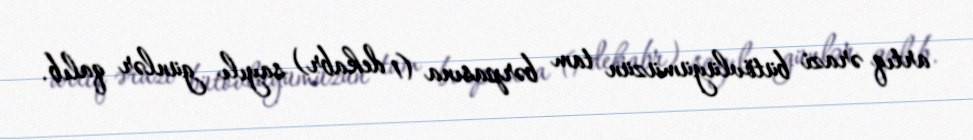
artıq ərazi bütövlüyümüzün tam bərpasına (1 dekabr) sayılı günlər qalıb.